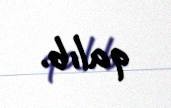
qalıb.